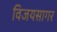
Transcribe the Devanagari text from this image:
विजयसागर